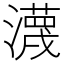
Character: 瀎